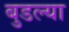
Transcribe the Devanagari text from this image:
बुडल्या